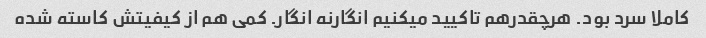
کاملا سرد بود. هرچقدرهم تاکیید میکنیم انگارنه انگار. کمی هم از کیفیتش کاسته شده